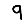
Digit: 9